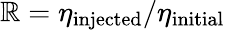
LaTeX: \mathbb{R}=\eta_{\mathrm{{injected}}}/\eta_{\mathrm{{initial}}}